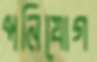
পনিযোগ